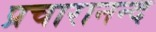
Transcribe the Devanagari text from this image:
प्रचारानन्द